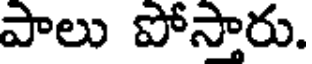
పాలు పోస్తారు.